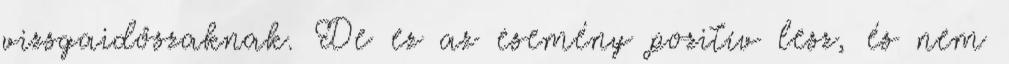
vizsgaidőszaknak. De ez az esemény pozitív lesz, és nem